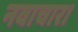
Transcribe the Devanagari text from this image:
नवाचार।